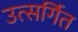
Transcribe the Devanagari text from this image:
उत्सर्गित